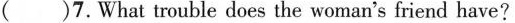
( )7. What trouble does the woman's friend have?